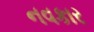
નવકાર